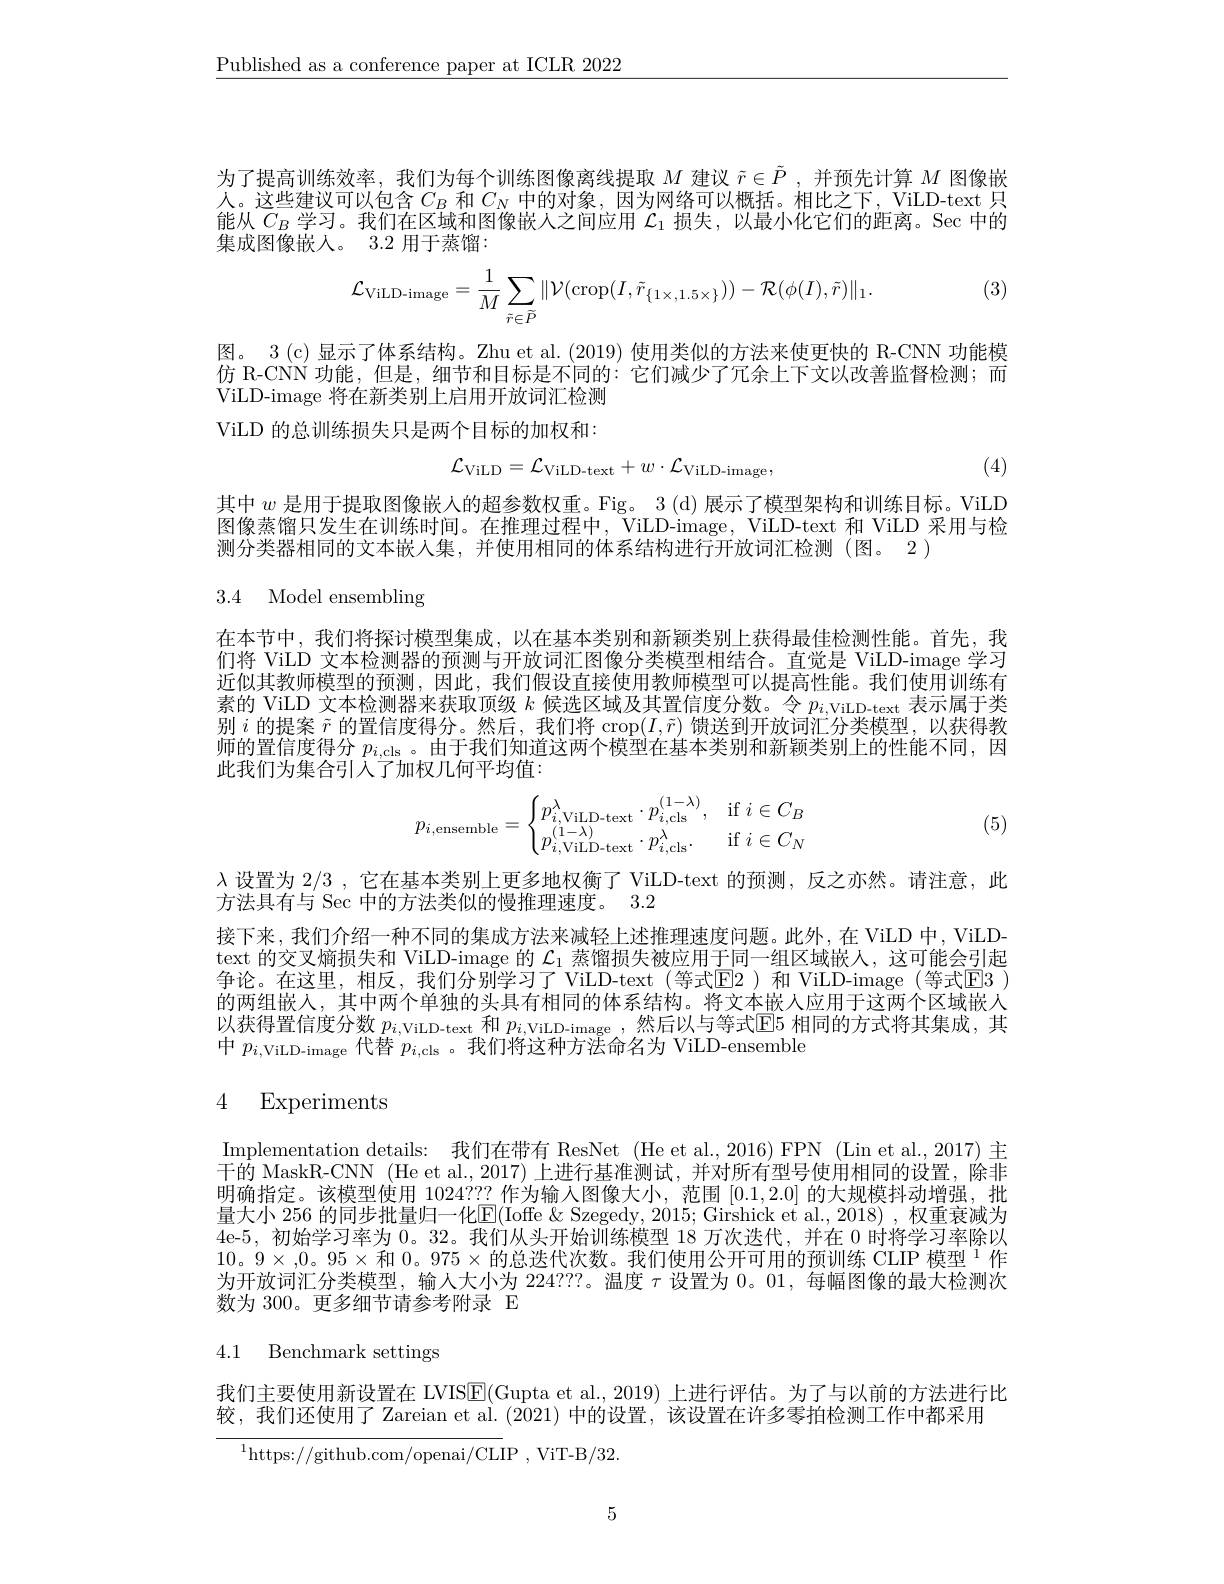
$\underline{\text{Published as a conference paper at ICLR 2022}}$

为了提高训练效率，我们为每个训练图像离线提取$M$建议$\tilde{r}\in\tilde{P}$ ,并预先计算$M$图像嵌人。这些建议可以包含$C_B$和$C_N$中的对象，因为网络可以概括。相比之下，ViLD-text 只能从$C_B$学习。我们在区域和图像嵌人之间应用$\mathcal{L}_1$损失，以最小化它们的距离。Sec 中的集成图像嵌人。3.2 用于蒸馏：

(3)
$$\mathcal{L}_{\text{ViLD-image}}=\frac{1}{M}\sum_{\tilde{r}\in\tilde{P}}\|\mathcal{V}(\text{crop}(I,\tilde{r}_{\{1\times,1.5\times\}}))-\mathcal{R}(\phi(I),\tilde{r})\|_{1}.$$
图。3 (c) 显示了体系结构。Zhu et al. (2019) 使用类似的方法来使更快的 R-CNN 功能模仿 R-CNN 功能，但是，细节和目标是不同的：它们减少了冗余上下文以改善监督检测；而ViLD-image 将在新类别上启用开放词汇检测ViLD 的总训练损失只是两个目标的加权和：
$$\mathcal{L}_{\mathrm{ViLD}}=\mathcal{L}_{\mathrm{ViLD-text}}+w\cdot\mathcal{L}_{\mathrm{ViLD-image}},$$
(4)

其中$w$是用于提取图像嵌人的超参数权重。Fig。3 (d)展示了模型架构和训练目标。ViLD 图像蒸馏只发生在训练时间。在推理过程中，ViLD-image, ViLD-text 和 ViLD 采用与检测分类器相同的文本嵌人集，并使用相同的体系结构进行开放词汇检测(图。2)

3.4 Model ensembling

在本节中，我们将探讨模型集成，以在基本类别和新颖类别上获得最佳检测性能。首先，我们将 ViLD 文本检测器的预测与开放词汇图像分类模型相结合。直觉是 ViLD-image 学习近似其教师模型的预测，因此，我们假设直接使用教师模型可以提高性能。我们使用训练有素的 ViLD 文本检测器来获取顶级$k$候选区域及其置信度分数。令$p_i$,ViLD- text表示属于类别$i$的提案$\tilde{r}$的置信度得分。然后，我们将$\operatorname{crop}(I,\tilde{r})$馈送到开放词汇分类模型，以获得教师的置信度得分$p_{i,\mathrm{cls}}$ 。由于我们知道这两个模型在基本类别和新颖类别上的性能不同，因此我们为集合引入了加权几何平均值：
$$p_{i,\text{ensemble}}=\begin{cases}p_{i,\text{ViLD-text}}^{\lambda}\cdot p_{i,\text{cls}}^{(1-\lambda)},&\text{if}i\in C_{B}\\p_{i,\text{ViLD-text}}^{(1-\lambda)}\cdot p_{i,\text{cls}}^{\lambda}.&\text{if}i\in C_{N}\end{cases}$$
(5)

$\lambda$设置为2/3 ,它在基本类别上更多地权衡了 ViLD-text 的预测，反之亦然。请注意，此
方法具有与 Sec 中的方法类似的慢推理速度。3.2
接下来，我们介绍一种不同的集成方法来减轻上述推理速度问题。此外，在 ViLD 中，ViLDtext 的交叉熵损失和 ViLD-image 的$\mathcal{L}_1$蒸馏损失被应用于同一组区域嵌人，这可能会引起争论。在这里，相反，我们分别学习了 ViLD-text(等式$\mathbb{E}$2)和 ViLD-image (等式$\mathbb{E}$3 ) 的两组嵌人，其中两个单独的头具有相同的体系结构。将文本嵌人应用于这两个区域嵌人以获得置信度分数$p_i$,ViLD- text和$p_i$,ViLD- image, 然 后 以 与 等 式 E5相同的方式将其集成，其中$p_i$,ViLD-image 代替$p_i$,cls 。我们将这种方法命名为 ViLD-ensemble

## 4 Experiments

Implementation details: 我们在带有 ResNet (He et al.,2016) FPN (Lin et al.,2017) 主干的 MaskR-CNN (He et al., 2017) 上进行基准测试，并对所有型号使用相同的设置，除非明确指定。该模型使用 1024??? 作为输入图像大小，范围[0.1,2.0]的大规模抖动增强，批量大小 256 的同步批量归一化$\mathbb{E}($Ioffe &Szegedy, 2015; Girshick et al., 2018) ,权重衰减为4e-5, 初始学习率为 0。32。我们从头开始训练模型 18 万次迭代，并在 0 时将学习率除以10。9×,0。95×和0。$975×$的总迭代次数。我们使用公开可用的预训练 CLIP 模型$^{1}$作为开放词汇分类模型，输人大小为224？??。温度$\tau$设置为0。01, 每幅图像的最大检测次数为 300。更多细节请参考附录 E

# 4.1 Benchmark settings

我们主要使用新设置在 LVIS$\boxed{\mathrm{F}}($Gupta et al., 2019) 上进行评估。为了与以前的方法进行比
较，我们还使用了 Zareian et al. (2021) 中的设置，该设置在许多零拍检测工作中都采用
$^{1}$https://github.com/openai/CLIP,ViT-B/32.

5